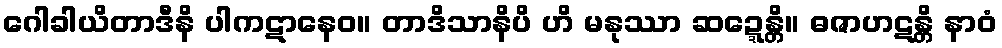
ဂေါခါယိတာဒီနိ ပါကဋာနေဝ။ တာဒိသာနိပိ ဟိ မနုဿာ ဆဍ္ဍေန္တိ။ ဓဇာဟဋန္တိ နာဝံ